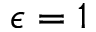
\epsilon = 1